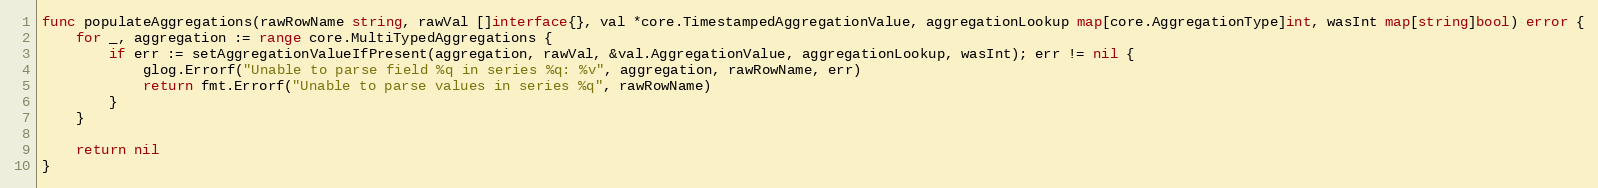
Language: Go
func populateAggregations(rawRowName string, rawVal []interface{}, val *core.TimestampedAggregationValue, aggregationLookup map[core.AggregationType]int, wasInt map[string]bool) error {
	for _, aggregation := range core.MultiTypedAggregations {
		if err := setAggregationValueIfPresent(aggregation, rawVal, &val.AggregationValue, aggregationLookup, wasInt); err != nil {
			glog.Errorf("Unable to parse field %q in series %q: %v", aggregation, rawRowName, err)
			return fmt.Errorf("Unable to parse values in series %q", rawRowName)
		}
	}

	return nil
}